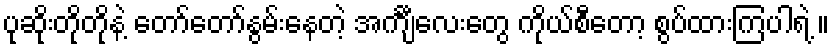
ပုဆိုးတိုတိုနဲ့ တော်တော်နွမ်းနေတဲ့ အင်္ကျီလေးတွေ ကိုယ်စီတော့ စွပ်ထားကြပါရဲ့ ။